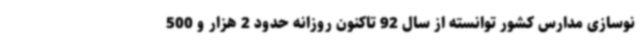
نوسازی مدارس کشور توانسته از سال 92 تاکنون روزانه حدود 2 هزار و 500